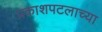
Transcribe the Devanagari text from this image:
प्रकाशपटलाच्या